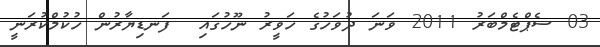
03 ސެޕްޓެމްބަރު 2011 ވަނަ ދުވަހުގެ ހަވީރު ނޫހުގައި  ފަނޑިޔާރުން ހުކުމްކުރަނީ